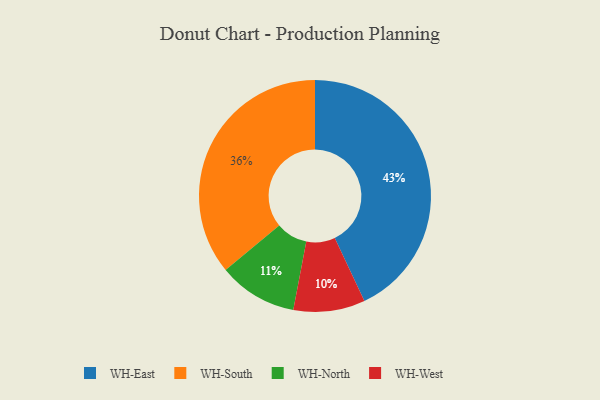
{"axis": {"x": "Category", "y": "Percentage"}, "legend": ["WH-East", "WH-North", "WH-South", "WH-West"], "data": [{"x": "WH-East", "y": 43, "type": "WH-East"}, {"x": "WH-West", "y": 10, "type": "WH-West"}, {"x": "WH-North", "y": 11, "type": "WH-North"}, {"x": "WH-South", "y": 36, "type": "WH-South"}]}